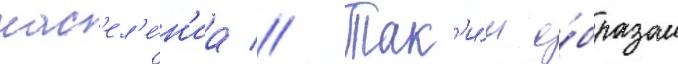
нас'ел'е́н'иа // Так'и́м о́бразом